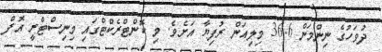
ދުވަހުގެ ނިންމަން 36.6 މިލިއަން ރުފިޔާ އަށެވެ. މި ކޮންޓްރެކްޓްގައި މިނިސްޓްރީ އޮފް